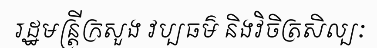
រដ្ឋមន្ត្រីក្រសួង វប្បធម៌ និងវិចិត្រសិល្បៈ